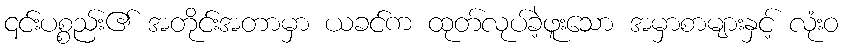
၎င်းပစ္စည်း၏ အတိုင်းအတာမှာ ယခင်က ထုတ်လုပ်ခဲ့ဖူးသော အမှာစာများနှင့် လုံးဝ